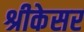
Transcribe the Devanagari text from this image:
श्रीकेसर